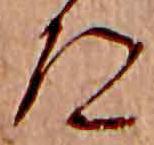
道